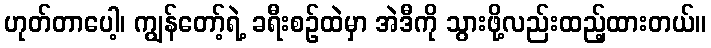
ဟုတ်တာပေါ့၊ ကျွန်တော့်ရဲ့ ခရီးစဉ်ထဲမှာ အဲဒီကို သွားဖို့လည်းထည့်ထားတယ်။